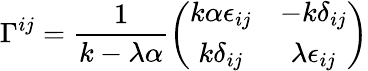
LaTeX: \Gamma^{ij}=\frac{1}{k-\lambda\alpha}\left(\begin{array}{cc}{{k\alpha\epsilon_{ij}}}&{{-k\delta_{ij}}}\\ {{k\delta_{ij}}}&{{\lambda\epsilon_{ij}}}\end{array}\right)